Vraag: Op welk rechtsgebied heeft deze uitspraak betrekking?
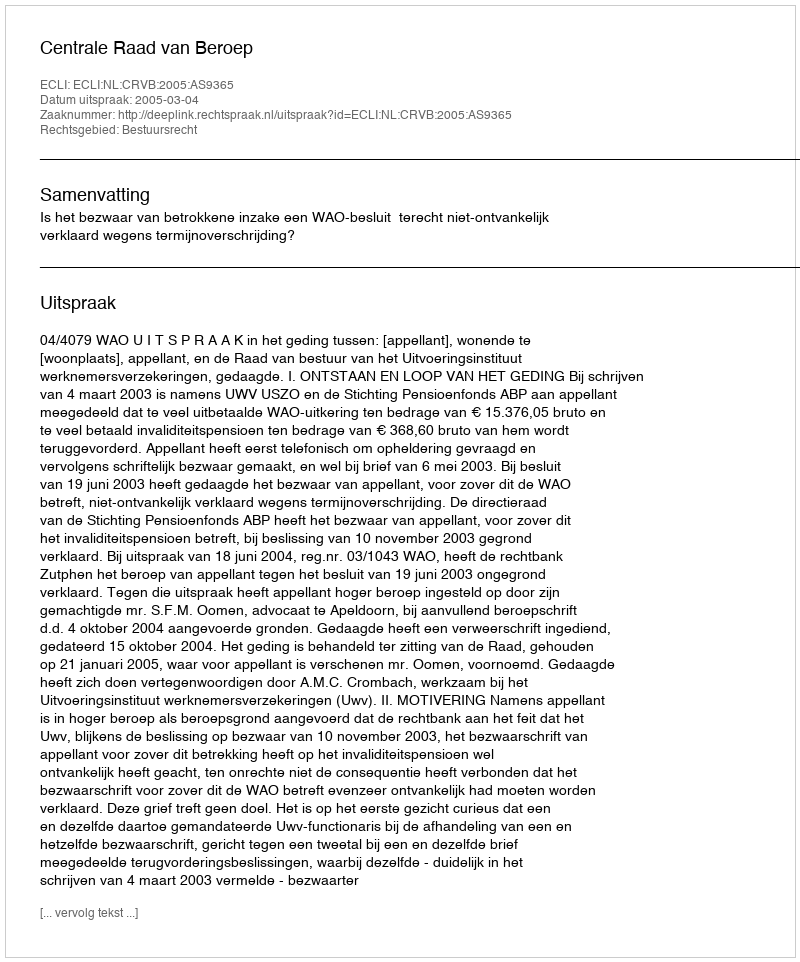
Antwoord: Bestuursrecht